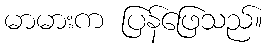
မာမားက ပြန်ဖြေသည်။